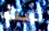
ثابتة